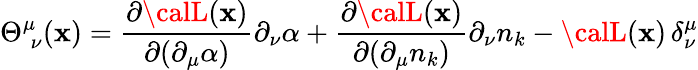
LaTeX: \Theta_{\; \nu}^{\mu}(\mathbf{x})=\frac{{\partial{\calL}(\mathbf{x})}}{{\partial(\partial_{\mu}\alpha)}}\partial_{\nu}\alpha+\frac{{\partial{\calL}(\mathbf{x})}}{{\partial(\partial_{\mu}n_{k})}}\partial_{\nu}n_{k}-{\calL}(\mathbf{x})\, \delta_{\nu}^{\mu}